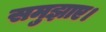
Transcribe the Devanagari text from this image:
समुझाए।